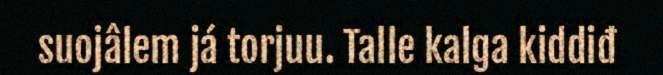
suojâlem já torjuu. Talle kalga kiddiđ